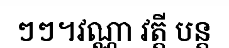
ៗៗ។វណ្ណា វត្តី បន្ត